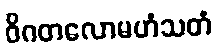
ဝိဂတလောမဟံသတံ